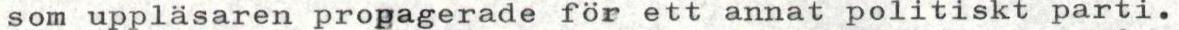
som uppläsaren propagerade för ett annat politiskt parti.